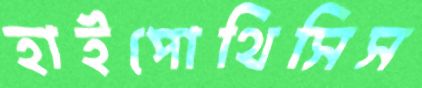
হাইপোথিসিস